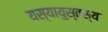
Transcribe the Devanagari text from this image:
यस्यायुस्तस्य